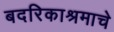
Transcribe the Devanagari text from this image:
बदरिकाश्रमाचे